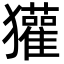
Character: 獾